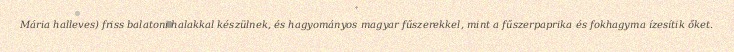
Mária halleves) friss balatoni halakkal készülnek, és hagyományos magyar fűszerekkel, mint a fűszerpaprika és fokhagyma ízesítik őket.